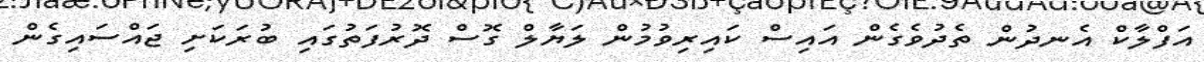
އަފްލާކް އެނދުން ތެދުވެގެން އައިސް ކައިރިވުމުން ލަޔާލް ގޮސް ދޮރުފަތުގައި ބުރަކަށި ޖައްސައިގެން